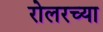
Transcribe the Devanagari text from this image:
रोलरच्या